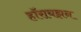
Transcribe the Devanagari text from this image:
हॉरायझन